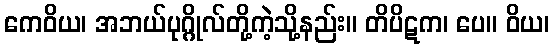
ကေဝိယ၊ အဘယ်ပုဂ္ဂိုလ်တို့ကဲ့သို့နည်း။ တိပိဋက၊ ပေ။ ဝိယ၊